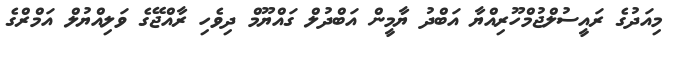
މިއަދުގެ ރައީސުލްޖުމްހޫރިއްޔާ އަބްދު ޔާމީން އަބްދުލް ގައްޔޫމް ދިވެހި ރާއްޖޭގެ ވަލިއްޔުލް އަމްރްގެ